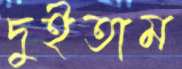
দুইতাম